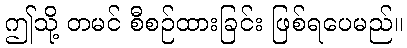
ဤသို့ တမင် စီစဉ်ထားခြင်း ဖြစ်ရပေမည်။